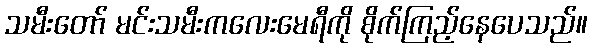
သမီးတော် မင်းသမီးကလေးမေရီကို စိုက်ကြည့်နေပေသည်။